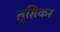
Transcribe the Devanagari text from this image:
तृप्तिकर